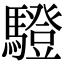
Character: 䮴